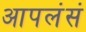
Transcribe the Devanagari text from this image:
आपलंसं